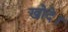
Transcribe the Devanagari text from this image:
खोदे।